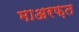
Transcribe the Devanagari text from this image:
माअरफ़त